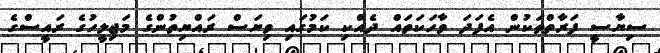
ސިޔާސީ ފަރާތްތަކުން އެފަދަ ވާހަކަތައް ދެއްކި ކަމުގައި ވިޔަސް ރައްޔިތުންގެ މަޖިލީހުގެ ރައީސްގެ